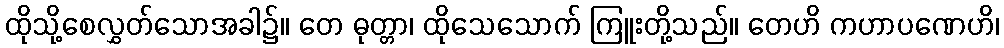
ထိုသို့စေလွှတ်သောအခါ၌။ တေ ဓုတ္တာ၊ ထိုသေသောက် ကြူးတို့သည်။ တေဟိ ကဟာပဏေဟိ၊